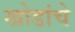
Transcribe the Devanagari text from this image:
खोडांचे